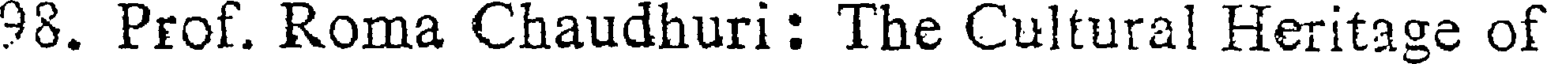
98. Prof. Roma Chaudhuri: The Cultural Heritage of